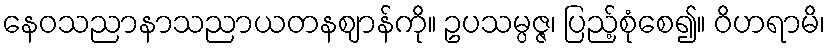
နေဝသညာနာသညာယတနဈာန်ကို။ ဥပသမ္ပဇ္ဇ၊ ပြည့်စုံစေ၍။ ဝိဟရာမိ၊